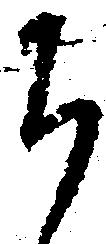
ち